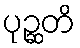
ပုဉ္ဆတိ